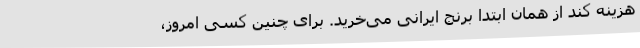
هزینه کند از همان ابتدا برنج ایرانی می‌خرید. برای چنین کسی امروز،